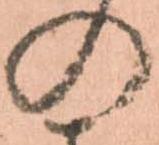
の